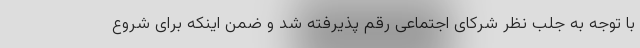
با توجه به جلب نظر شرکای اجتماعی رقم پذیرفته شد و ضمن اینکه برای شروع